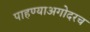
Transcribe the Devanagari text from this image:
पाहण्याअगोदरच